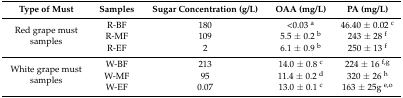
<table><thead><tr><td><b>Type of Must</b></td><td><b>Samples</b></td><td><b>Sugar Concentration (g/L)</b></td><td><b>OAA (mg/L)</b></td><td><b>PA (mg/L)</b></td></tr></thead><tbody><tr><td rowspan="3">Red grape must samples</td><td>R-BF</td><td>180</td><td>&lt;0.03 <sup>a</sup></td><td>46.40 ± 0.02 <sup>c</sup></td></tr><tr><td>R-MF</td><td>109</td><td>5.5 ± 0.2 <sup>b</sup></td><td>243 ± 28 <sup>f</sup></td></tr><tr><td>R-EF</td><td>2</td><td>6.1 ± 0.9 <sup>b</sup></td><td>250 ± 13 <sup>f</sup></td></tr><tr><td rowspan="3">White grape must samples</td><td>W-BF</td><td>213</td><td>14.0 ± 0.8 <sup>c</sup></td><td>224 ± 16 <sup>f,g</sup></td></tr><tr><td>W-MF</td><td>95</td><td>11.4 ± 0.2 <sup>d</sup></td><td>320 ± 26 <sup>h</sup></td></tr><tr><td>W-EF</td><td>0.07</td><td>13.0 ± 0.1 <sup>c</sup></td><td>163 ± 25g <sup>e,o</sup></td></tr></tbody></table>